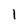
Character: I